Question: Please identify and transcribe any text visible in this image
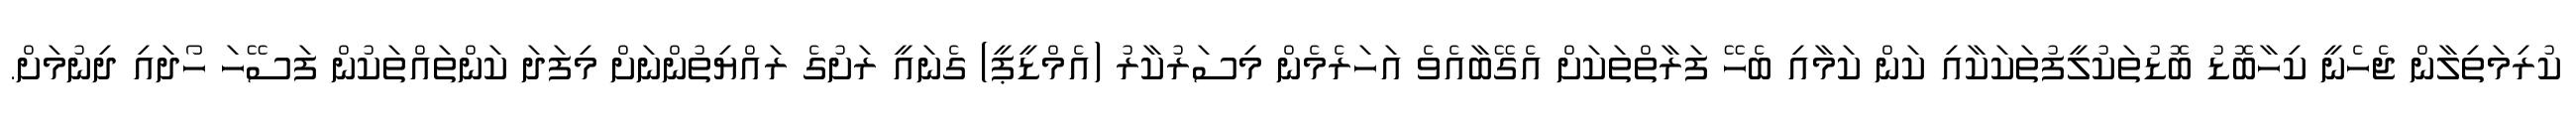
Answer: ކުރިމަތިލާން ޖެހެނީ ކިހާބޮޑު ބޮޑުތަކުލީފުތަކަކާއި ކަން ކަމާއި ބެހޭ ފަރާތްތަކަށް އެގޭބާއެވެ އަހަރެމެން މިސަރުކާރު (އެމްޑީޕީ) ގެނައީ ރަށުގެ ރައްޔިތުންނަށް މިފަދަ ކަންތައްތަކުން ފަސޭހަ ހޯދައި ދިނުމަށް.